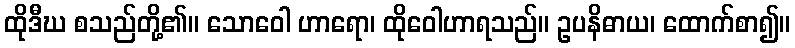
ထိုဒီဃ စသည်တို့၏။ သောဝေါ ဟာရော၊ ထိုဝေါဟာရသည်။ ဥပနိဓာယ၊ ထောက်စာ၍။